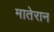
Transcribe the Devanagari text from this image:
मातेरान